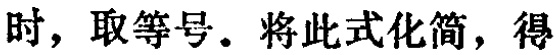
时, 取等号. 将此式化简, 得